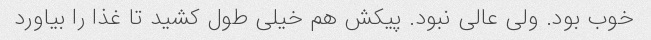
خوب بود. ولی عالی نبود. پیکش هم خیلی طول کشید تا غذا را بیاورد